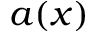
a ( \boldsymbol x )